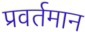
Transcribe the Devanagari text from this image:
प्रवर्तमान